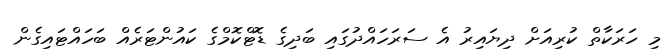
މި ހަރަކާތް ކުރިއަށް ދިޔައިރު އެ ސަރަހައްދުގައި ބަދިގެ ޑޮޓްކޮމްގެ ކައުންޓަރެއް ބަހައްޓައިގެން